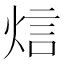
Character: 𤉘